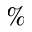
\%